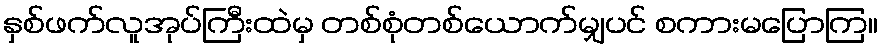
နှစ်ဖက်လူအုပ်ကြီးထဲမှ တစ်စုံတစ်ယောက်မျှပင် စကားမပြောကြ။